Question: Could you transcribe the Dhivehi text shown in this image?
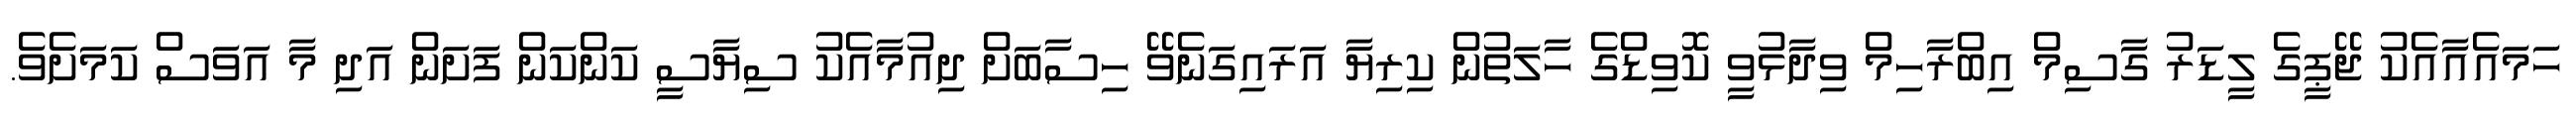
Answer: ހަމައެއާއެކު ޖޭޕީގެ ލީޑަރު ގާސިމް އިބްރާހިމް ވިދާޅުވީ ކޮވިޑްގެ ހާލަތުން ކިރިޔާ އަރައިގަނެވޭ ހިސާބަށް ދިއުމާއެކު ސިޔާސީ ކަންކަން ފަށަން އަދި މާ އަވަސް ކަމަށެވެ.